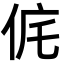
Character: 侂